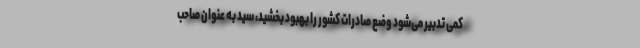
کمی تدبیر می‌شود وضع صادرات کشور را بهبود بخشید، سید به عنوان صاحب